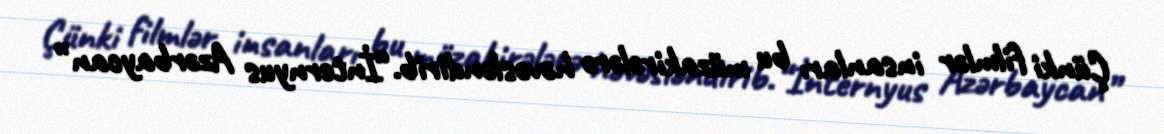
Çünki filmlər insanları bu müzakirələrə həvəsləndirib.“İnternyus Azərbaycan”